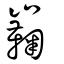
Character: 巈